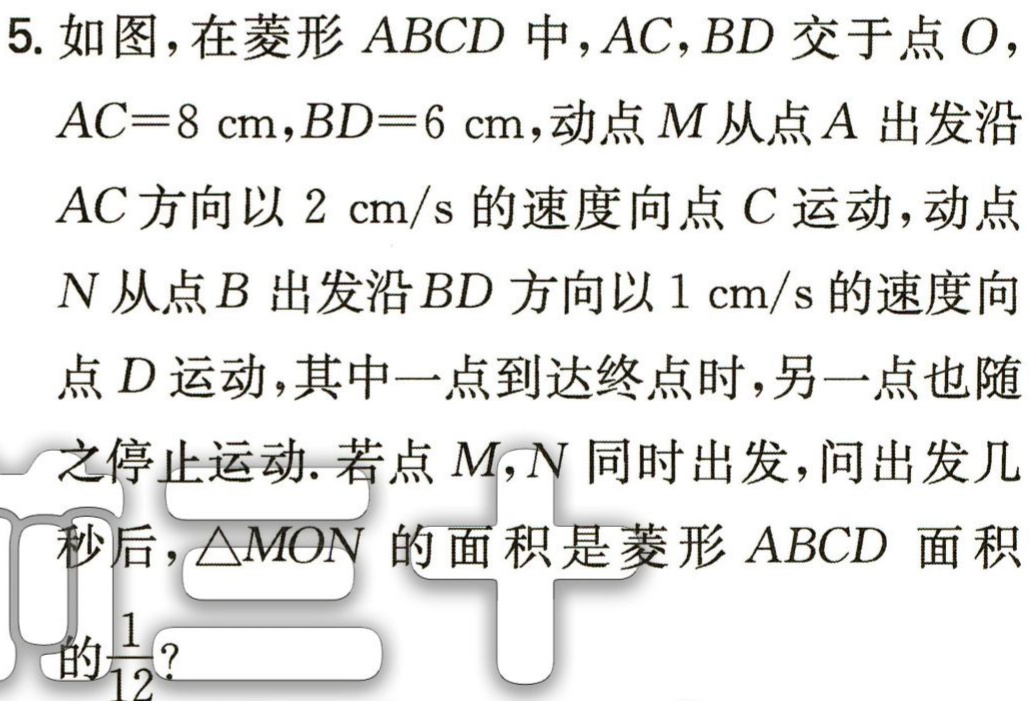
5. 如图，在菱形 \(ABCD\) 中，\(AC,BD\) 交于点 \(O\)，
\(AC = 8\mathrm{cm},BD = 6\mathrm{cm}\)，动点 \(M\) 从点 \(A\) 出发沿
\(AC\) 方向以 \(2\mathrm{cm/s}\) 的速度向点 \(C\) 运动，动点
\(N\) 从点 \(B\) 出发沿 \(BD\) 方向以 \(1\mathrm{cm/s}\) 的速度向
点 \(D\) 运动，其中一点到达终点时，另一点也随
之停止运动. 若点 \(M,N\) 同时出发，问出发几
秒后，\(\triangle MON\) 的面积是菱形 \(ABCD\) 面积
的\(\frac{1}{12}\)?